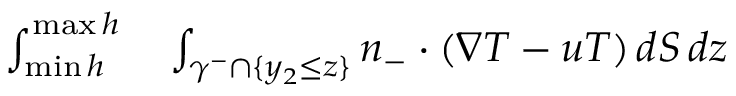
\begin{array} { r l } { \int _ { \operatorname* { m i n } h } ^ { \operatorname* { m a x } h } } & { { } \int _ { \gamma ^ { - } \cap \{ y _ { 2 } \leq z \} } n _ { - } \cdot ( \nabla T - u T ) \, d S \, d z } \end{array}